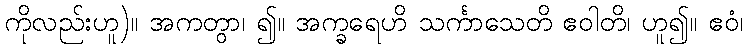
ကိုလည်းဟူ)။ အကတွာ၊ ၍။ အက္ခရေဟိ သင်္ကာသေတိ ဧဝါတိ၊ ဟူ၍။ ဧဝံ၊